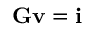
\mathbf { G v } = \mathbf { i }